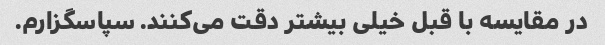
در مقایسه با قبل خیلی بیشتر دقت می‌کنند. سپاسگزارم.